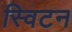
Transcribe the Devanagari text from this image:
स्विटन